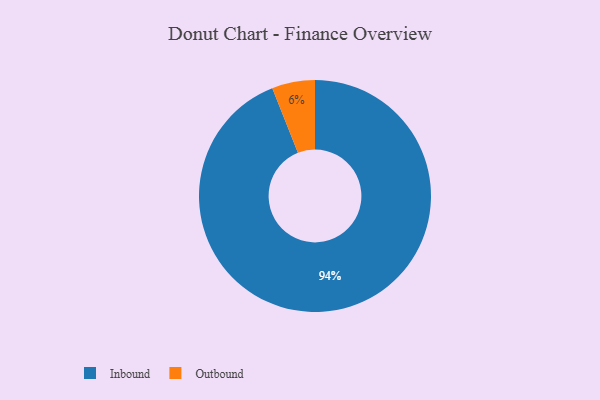
{"axis": {"x": "Category", "y": "Percentage"}, "legend": ["Inbound", "Outbound"], "data": [{"x": "Outbound", "y": 6, "type": "Outbound"}, {"x": "Inbound", "y": 94, "type": "Inbound"}]}